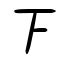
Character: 下